Indian journal of veterinary science and animal husbandry - Volume 6,
Year: 1936
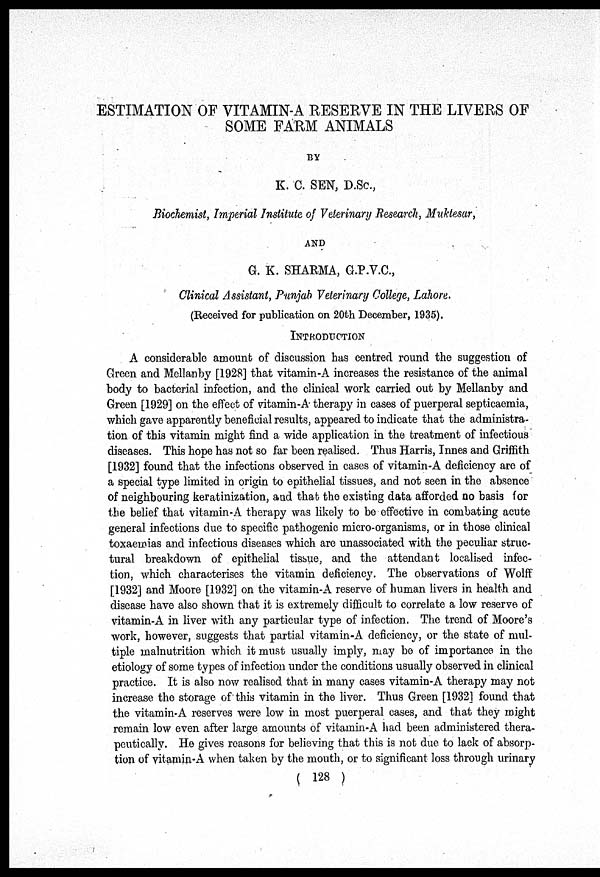
ESTIMATION OF VITAMIN-A RESERVE IN THE LIVERS OF
SOME FARM ANIMALS
BY
K. C. SEN, D.Sc.,
Biochemist, Imperial Institute of Veterinary Research, Muktesar,
AND
G. K. SHARMA, G.P.V.C.,
Clinical Assistant, Punjab Veterinary College, Lahore.
(Received for publication on 20th December, 1935).
INTRODUCTION
A considerable amount of discussion has centred round the suggestion of
Green and Mellanby [1928] that vitamin-A increases the resistance of the animal
body to bacterial infection, and the clinical work carried out by Mellanby and
Green [1929] on the effect of vitamin-A- therapy in cases of puerperal septicaemia,
which gave apparently beneficial results, appeared to indicate that the administra-
tion of this vitamin might find a wide application in the treatment of infectious
diseases. This hope has not so far been realised. Thus Harris, Innes and Griffith
[1932] found that the infections observed in cases of vitamin-A deficiency are of
a special type limited in origin to epithelial tissues, and not seen in the absence
of neighbouring keratinization, and that the existing data afforded no basis for
the belief that vitamin-A therapy was likely to bo effective in combating acute
general infections due to specific pathogenic micro-organisms, or in those clinical
toxaemias and infectious diseases which are unassociated with the peculiar struc-
tural breakdown of epithelial tissue, and the attendant localised infec-
tion, which characterises the vitamin deficiency. The observations of Wolff
[1932] and Moore [1932] on the vitamin-A reserve of human livers in health and
disease have also shown that it is extremely difficult to correlate a low reserve of
vitamin-A in liver with any particular type of infection. The trend of Moore's
work, however, suggests that partial vitamin-A deficiency, or the state of mul-
tiple malnutrition which it must usually imply, may be of importance in the
etiology of some types of infection under the conditions usually observed in clinical
practice. It is also now realised that in many cases vitamin-A therapy may not
increase the storage of this vitamin in the liver. Thus Green [1932] found that
the vitamin-A reserves were low in most puerperal cases, and that they might
remain low even after large amounts of vitamin-A had been administered thera-
peutically. He gives reasons for believing that this is not due to lack of absorp-
tion of vitamin-A when taken by the mouth, or to significant loss through urinary
( 128 )